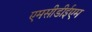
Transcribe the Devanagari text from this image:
एमसीडीईएम